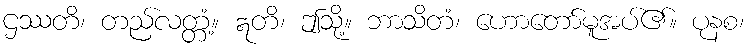
ဌဿတိ၊ တည်လတ္တံ့။ ဣတိ၊ ဤသို့။ ဘာသိတံ၊ ဟောတော်မူအပ်၏။ ပုနစ၊